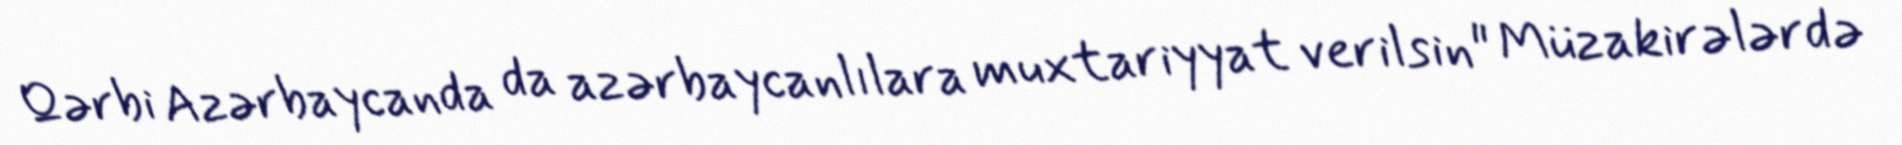
Qərbi Azərbaycanda da azərbaycanlılara muxtariyyat verilsin" Müzakirələrdə